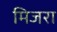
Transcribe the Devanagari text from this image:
मिजरा